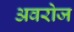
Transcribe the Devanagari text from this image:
अवरोज